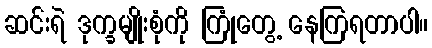
ဆင်းရဲ ဒုက္ခမျိုးစုံကို ကြုံတွေ့ နေကြရတာပါ။